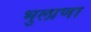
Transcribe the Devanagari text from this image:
भुलाणा